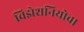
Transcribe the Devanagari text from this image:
विझेशनियोवा